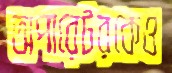
অপারেটরকেও